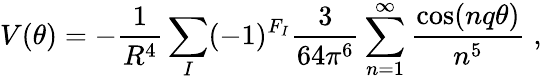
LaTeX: V(\theta)=-\frac{1}{R^{4}}\sum_{I}(-1)^{F_{I}}\frac{3}{64\pi^{6}}\sum_{n=1}^{\infty}\frac{\cos(nq\theta)}{n^{5}}\; ,